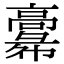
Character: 𩫚